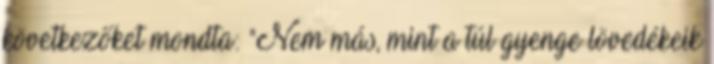
következőket mondta: "Nem más, mint a túl gyenge lövedékeik